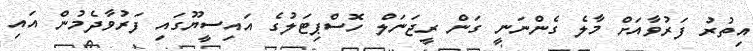
އިތުރު ފަރުވާއަށް މާލެ ގެންނަނީ ގަން ރީޖަނަލް ހޮސްޕިޓަލުގެ އައިސީޔޫގައި ފަރުވާދެމުން އައި